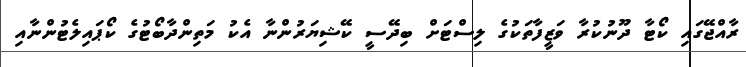
ރާއްޖޭގައި ކޯޓާ ދޫނުކުރާ ވަޒީފާތަކުގެ ލިސްޓަށް ބިދޭސީ ކޭޝިޔަރުންނާ އެކު މަތިންދާބޯޓުގެ ކޯޕައިލެޓުންނާއި